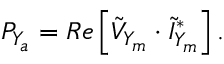
P _ { Y _ { a } } = R e \left[ \Tilde { V } _ { Y _ { m } } \cdot \Tilde { I } _ { Y _ { m } } ^ { * } \right] .